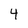
Character: 4